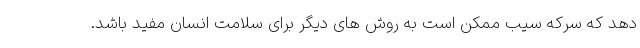
دهد که سرکه سیب ممکن است به روش های دیگر برای سلامت انسان مفید باشد.